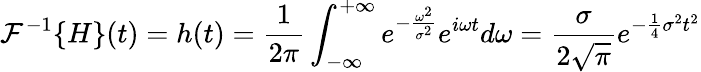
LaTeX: {\mathcal{F}}^{-1}\{ H\} (t)=h(t)={\frac{1}{2\pi}}\int_{-\infty}^{+\infty}{e^{-{\frac{\omega^{2}}{\sigma^{2}}}}e^{i\omega t}}d\omega={\frac{\sigma}{2{\sqrt{\pi}}}}e^{-{\frac{1}{4}}\sigma^{2}t^{2}}